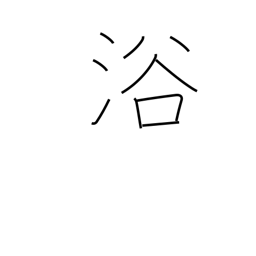
Meaning: be favored with